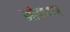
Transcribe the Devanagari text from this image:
मोडणार